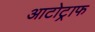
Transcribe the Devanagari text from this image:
आटोट्राफ